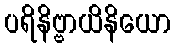
ပရိနိဗ္ဗာယိနိယော